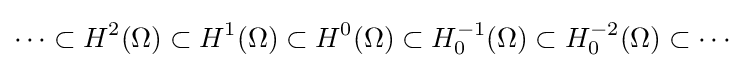
\cdots \subset H^{2}(\Omega )\subset H^{1}(\Omega )\subset H^{0}(\Omega )\subset H_{0}^{-1}(\Omega )\subset H_{0}^{-2}(\Omega )\subset \cdots